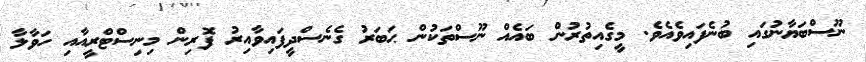
ނޫސްބަޔާނުގައި ބުނެފައިވެއެވެ. މީގެއިތުރުން ބައެއް ނޫސްތަކުން ޙަބަރު ގެނެސްދީފައިވާއިރު ފޮރިން މިނިސްޓްރީއާއި ހަވާލާ